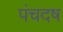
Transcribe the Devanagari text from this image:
पंचदष